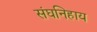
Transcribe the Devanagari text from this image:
संघनिहाय